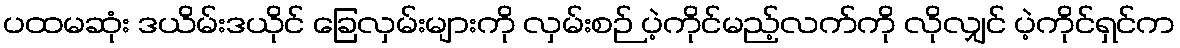
ပထမဆုံး ဒယိမ်းဒယိုင် ခြေလှမ်းများကို လှမ်းစဉ် ပဲ့ကိုင်မည့်လက်ကို လိုလျှင် ပဲ့ကိုင်ရှင်က